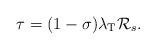
LaTeX: \begin{align*} \tau = (1-\sigma) \lambda_\textrm{T} \mathcal{R}_s.\end{align*}